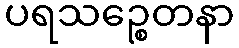
ပရသဉ္စေတနာ